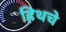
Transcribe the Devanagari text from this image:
हिथचे